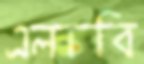
এলাবি